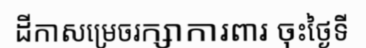
ដីកាសម្រេចរក្សាការពារ ចុះថ្ងៃទី